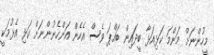
މީހުންނަށް މަންމަ ކަޅިއަޅާ ބީދައިން ބައްޕަ ވެސް އެހެން އަންހެނުންނަށް ކަޅި އެޅުމަކީ